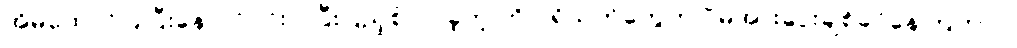
အိမ်ထောင်ပြုပြီးနောက်ပိုင်း ပိုပြီးပြည့်စုံလာခဲ့တဲ့ ကို ပရိသတ်တွေက ပိုမိုအားပေးချစ်ခင်နေကြတာပဲ